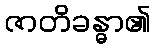
ဇာတိခန္ဓာ၏